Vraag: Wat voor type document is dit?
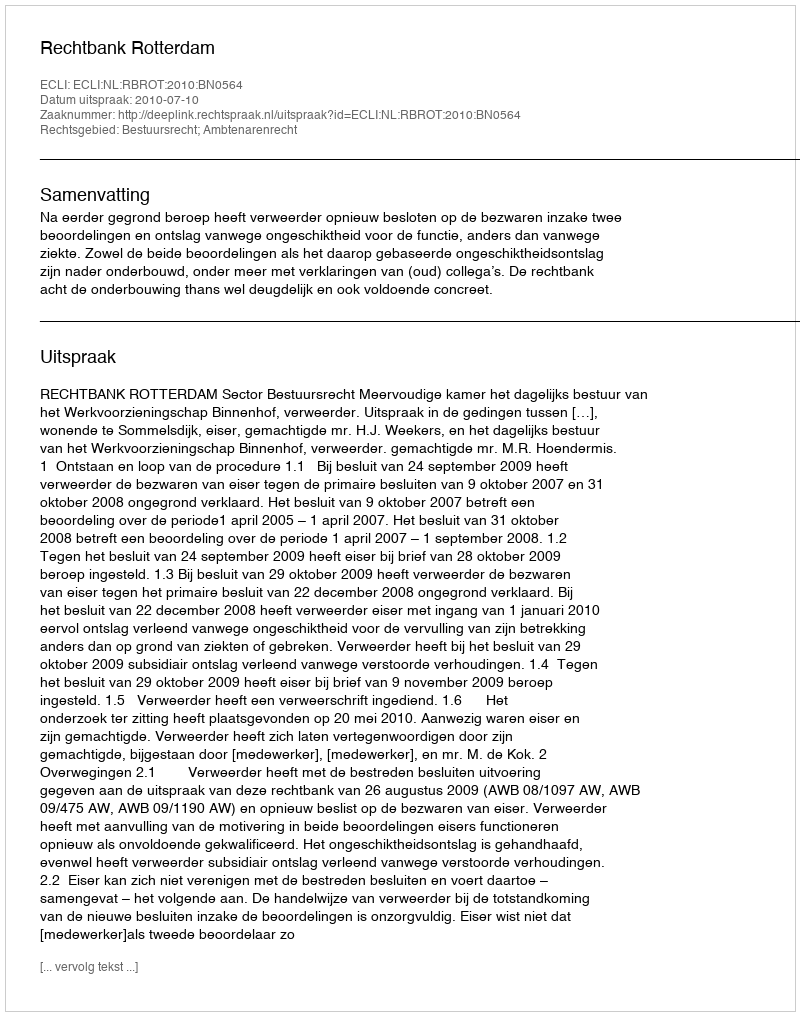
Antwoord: Uitspraak